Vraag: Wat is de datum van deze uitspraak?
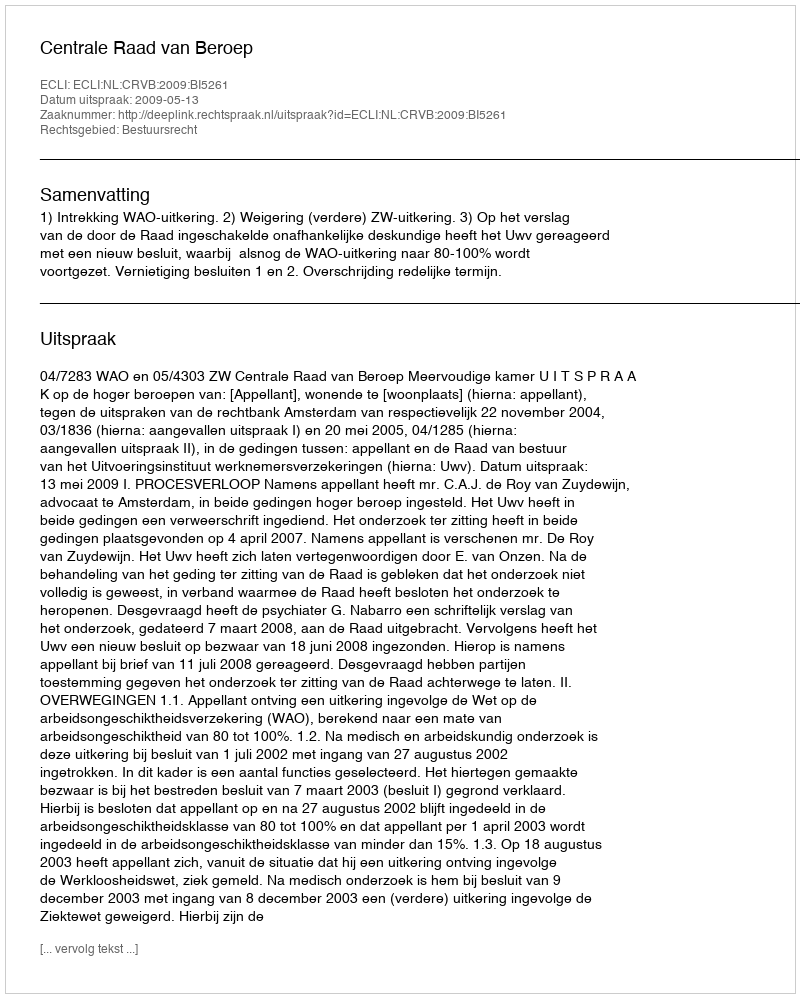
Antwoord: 2009-05-13